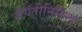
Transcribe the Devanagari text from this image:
जयंतीनिमित्‍त